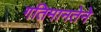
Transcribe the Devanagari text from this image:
गतिमानतेने